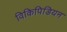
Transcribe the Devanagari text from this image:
विकिपिडियन